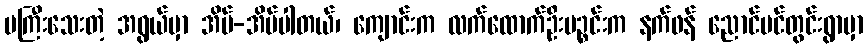
မကြီးသေးတဲ့ အရွယ်မှာ အိမ်-အိပ်ပါတယ်၊ ကျောင်းက လက်ထောက်ဦးပဉ္စင်းက နက်ဖန် ညောင်ပင်တွင်းရွာမှာ